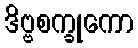
ဒိဗ္ဗစက္ခုကော